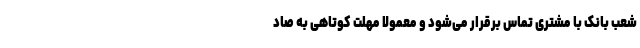
شعب بانک با مشتری تماس برقرار می‌شود و معمولاً مهلت کوتاهی به صاد